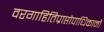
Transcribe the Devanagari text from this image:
वरगाहितिप्राप्तोपाधिकानॉ